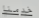
خدمنا